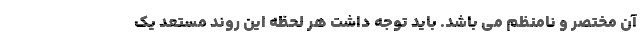
آن مختصر و نامنظم می باشد. باید توجه داشت هر لحظه این روند مستعد یک